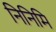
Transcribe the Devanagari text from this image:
निनिमि